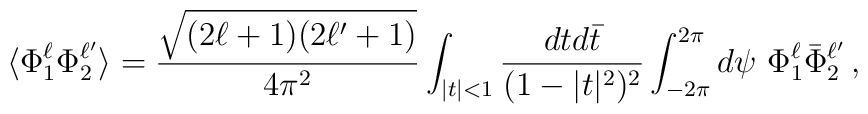
\langle \Phi^\ell_1 \Phi^{\ell'}_2 \rangle = \frac{\sqrt{(2\ell+1)(2\ell'+1)}}{4\pi^2}  \int_{|t|<1}\frac{dtd\bar t }{(1-|t|^2)^2} \int^{2\pi}_{-2\pi} d\psi\ \Phi^\ell_1 \bar\Phi^{\ell'}_2 \, ,